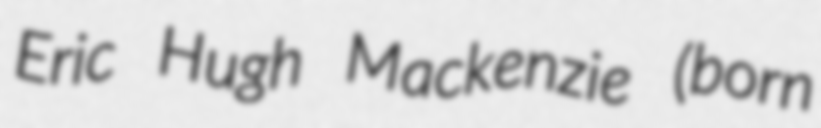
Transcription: Eric Hugh Mackenzie (born